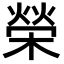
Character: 榮